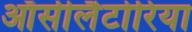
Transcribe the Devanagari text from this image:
ऑसीलैटोरिया